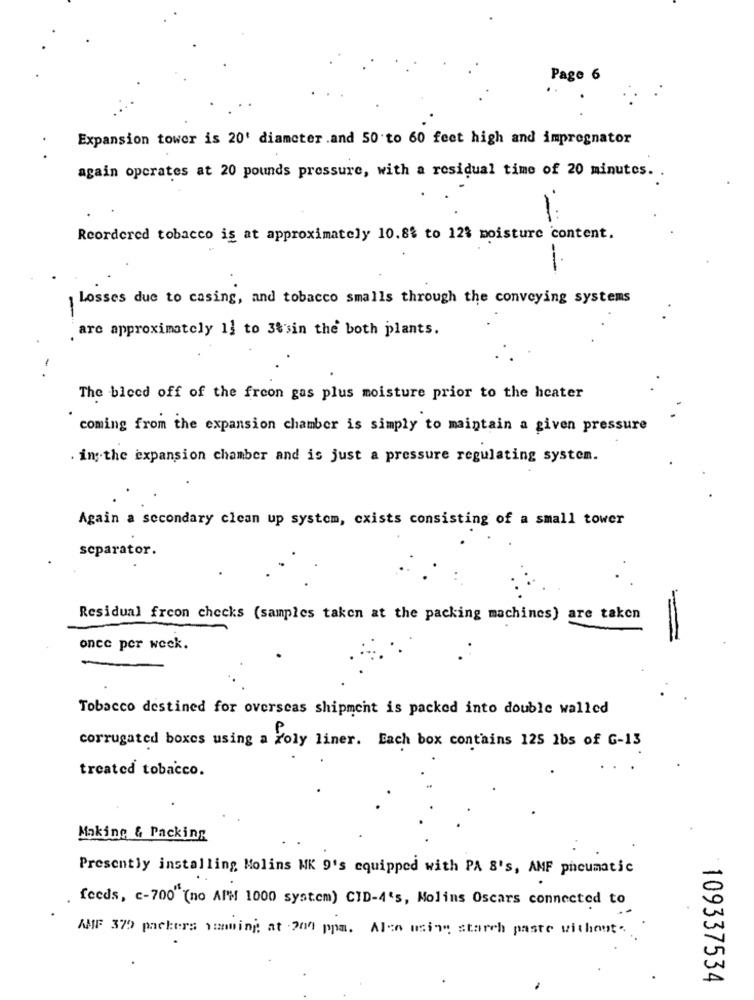
Page 6
Expansion tower is 20' diameter .and 50 to 60 feet high and impregnator
again operates at 20 pounds pressure, with a residual time of 20 minutes.
Reordered tobacco is at approximately 10.8% to 12% moisture content.
Losses due to casing, and tobacco smalls through the conveying systems
-
are approximately 1] to 3%'sin the both plants.
The bleed off of the freon gas plus moisture prior to the heater
coming from the expansion chamber is simply to maintain a given pressure
ing.the expansion chamber and is just a pressure regulating system.
Again a secondary clean up system, cxists consisting of a small tower
separator.
Residual freon checks (samples taken at the packing machines) are taken
once per week.
Tobacco destined for overseas shipment is packed into double walled
corrugated boxes using a foly liner. Each box contains 125 lbs of G-13
treated tobacco.
Making & Packing
Presently installing Molins MK 9's equipped with PA 8's, AMF pneumatic
feeds, c-700" (no AI'M 1000 system) CID-4's, Molins Oscars connected to
AMF 379 packers naming at 200 ppa. Also usine starch paste without ...
109337534